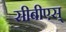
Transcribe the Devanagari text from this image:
सीबीएस्